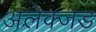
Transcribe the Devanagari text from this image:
अलेक्जड